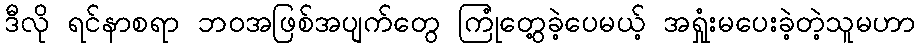
ဒီလို ရင်နာစရာ ဘဝအဖြစ်အပျက်တွေ ကြုံတွေ့ခဲ့ပေမယ့် အရှုံးမပေးခဲ့တဲ့သူမဟာ